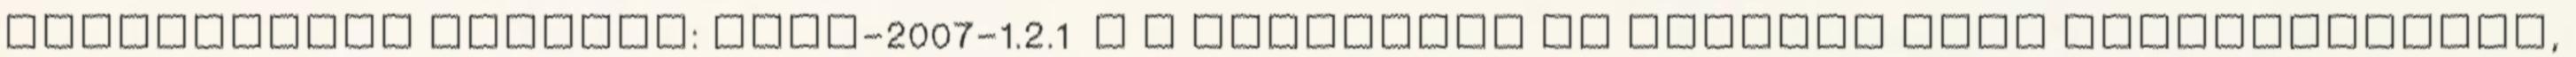
fejlesztése Kódszám: KMOP-2007-1.2.1 A A projektek az Európai Unió támogatásával,